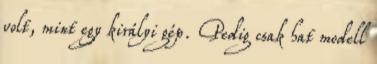
volt, mint egy királyi gép. Pedig csak hat modell